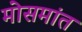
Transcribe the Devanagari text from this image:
मोसमांत